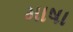
માષા